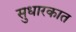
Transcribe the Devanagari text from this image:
सुधारकात